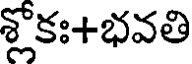
శ్లోకః+భవతి